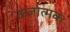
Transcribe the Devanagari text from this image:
ऊर्जात्मक